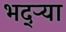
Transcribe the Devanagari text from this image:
भद्‌ऱ्या